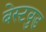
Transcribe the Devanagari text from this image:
बेस्टवुड